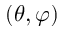
( \theta , \varphi )